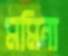
মমিনা